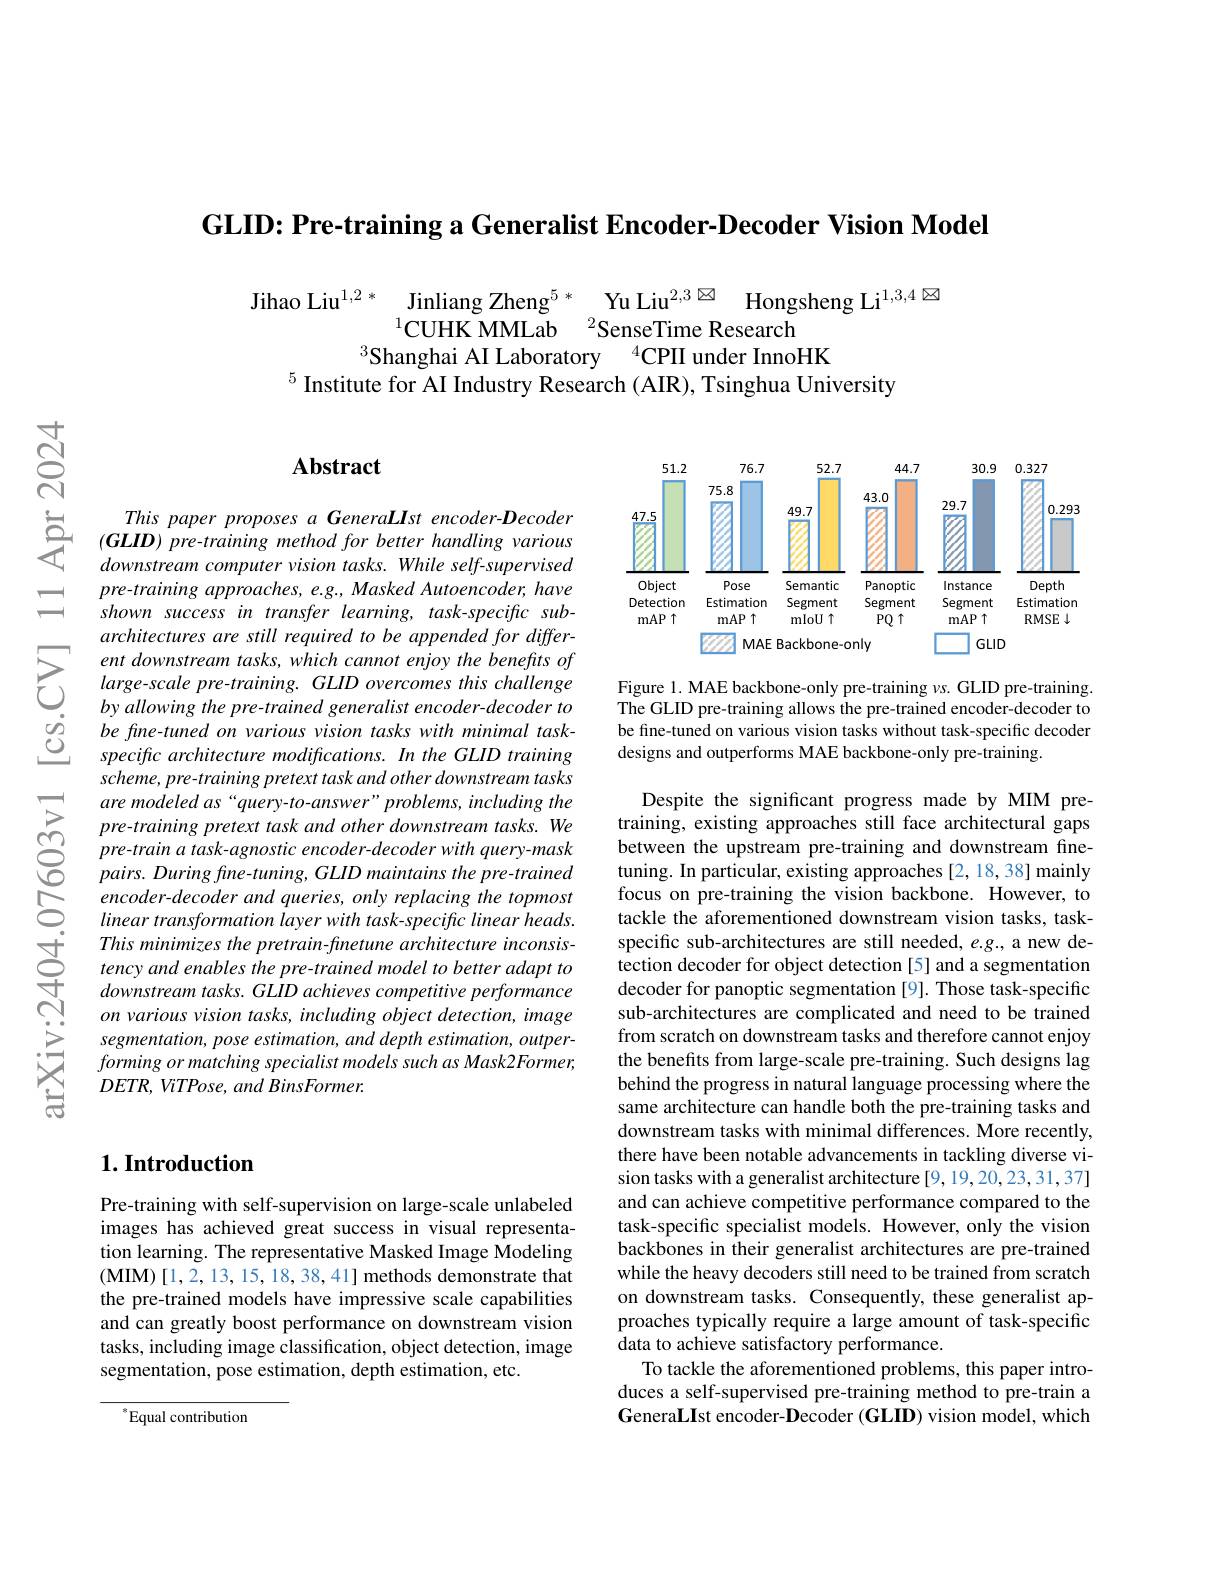
GLID: Pre-training a Generalist Encoder-Decoder Vision Model

$\text{Jihao Liu}^{1,2}*_{3\text{Shanghai AI Laboratory }^{1}}$SenseTime Research$^{1,3,4}$
$^{5}$ Institute for AI Industry Research (AIR), Tsinghua University

=

$তুর্ন$

### $\mathbf{Abstract}$

$\begin{array}{ccc}{This~paper~proposes~a~GeneraLIst~encoder-Decoder}\\{\text{气}}&{(GLID)~pre-training~method~for~better~handling~various}\\{downstream~computer~vision~tasks.~While~self-supervised}\end{array}$
pre-training approaches, e.g., Masked Autoencoder, have shown success in transfer learning, task-specific subarchitectures are still required to be appended for differ-
$\sum_{\begin{array}{cc}&ent\:downstream\:tasks,\:which\:cannot\:enjoy\:the\:benefts\:of\\&large-scale\:pre-training.\:GLID\:overcomes\:this\:challenge\\&by\:allowing\:the\:pre-trained\:generalist\:encoder-decoder\:to\end{array}}$ $\begin{array}{lll}{}by\:allowing\:the\:pre-trained\:generalist\:encoder-decoder\:to\\\dot{o}&be\:fine-tuned\:on\:various\:vision\:tasks\:with\:minimal\:task-\\\underline{O}&specific\:architecture\:modifications.\:In\:the\:GLID\:training\end{array} $
scheme, pre-training pretext task and other downstream tasks are modeled as“query-to-answer”problems, including the pre-training pretext task and other downstream tasks. We pre-train a task-agnostic encoder-decoder with query-mask $pairs.Duringfine-tuning,GLID$ maintains the pre-trained encoder- decoder and queries, only replacing the topmost linear transformation layer with task- specific linear heads.
$\begin{array}{ll}&This&minimizes&thepretrain-finetune&architecture&inconsis\\\cong&tency&and&enables&thepre-trained&model&to&better&adapt&to\\\downarrow&downstream&tasks.&GLID&achieves&competitive&performance\end{array}$
on various vision tasks, including object detection, image segmentation, pose estimation, and depth estimation, outperformingormatchingspecialist models such as Mask2Former, $DETR,ViTPose,andBinsFormer.$

<FigureHere>

Figure 1. MAE backbone-only pre-training $\nu s.$ GLID pre-training. The GLID pre-training allows the pre-trained encoder-decoder to be fine-tuned on various vision tasks without task-specific decoder designs and outperforms MAE backbone-only pre-training.

Despite the significant progress made by MIM pretraining, existing approaches still face architectural gaps between the upstream pre-training and downstream finetuning. In particular, existing approaches [2, 18, 38] mainly focus on pre-training the vision backbone. However, to tackle the aforementioned downstream vision tasks, taskspecific sub-architectures are still needed, e.g., a new detection decoder for object detection [5] and a segmentation decoder for panoptic segmentation [9]. Those task-specific sub-architectures are complicated and need to be trained from scratch on downstream tasks and therefore cannot enjoy the benefits from large-scale pre-training. Such designs lag behind the progress in natural language processing where the same architecture can handle both the pre-training tasks and downstream tasks with minimal differences. More recently, there have been notable advancements in tackling diverse vision tasks with a generalist architecture [9,19,20,23,31,37] and can achieve competitive performance compared to the task-specific specialist models. However, only the vision backbones in their generalist architectures are pre-trained while the heavy decoders still need to be trained from scratch on downstream tasks. Consequently, these generalist approaches typically require a large amount of task-specific data to achieve satisfactory performance.
To tackle the aforementioned problems, this paper introduces a self-supervised pre-training method to pre-train a Genera$\mathbf{L}\mathbf{I}$st encoder-Decoder (GLID) vision model, which

### $1. \textbf{Introduction}$

Pre-training with self-supervision on large-scale unlabeled images has achieved great success in visual representation learning. The representative Masked Image Modeling $(\mathbf{MIM})[1,2,13,15,18,38,41]$methods demonstrate that the pre-trained models have impressive scale capabilities and can greatly boost performance on downstream vision tasks, including image classification, object detection, image segmentation, pose estimation, depth estimation, etc.

$^{*}$Equal contribution